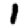
Digit: 1